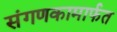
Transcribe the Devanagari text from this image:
संगणकामार्फत